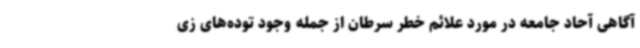
آگاهی آحاد جامعه در مورد علائم خطر سرطان از جمله وجود توده‌های زی